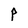
Character: P